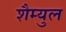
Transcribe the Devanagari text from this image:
शैम्युल